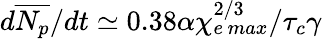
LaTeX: d\overline{{N_{p}}}/dt\simeq 0.38\alpha\chi_{e\, max}^{2/3}/\tau_{c}\gamma